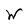
Character: W